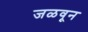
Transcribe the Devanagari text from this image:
जळवून